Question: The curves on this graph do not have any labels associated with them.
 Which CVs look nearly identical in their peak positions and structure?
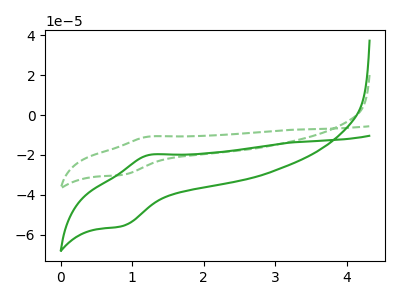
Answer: <think>The green curve "green" has an anodic peak at (1.25V, -19.95uA) and a cathodic peak at (0.85V, -55.70uA). The green dashed curve "green dashed" has an anodic peak at (1.25V, -10.75uA) and a cathodic peak at (0.85V, -30.00uA).
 All the peaks in "green" have a peak in "green dashed" at the same potential.</think>
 <answer>"green" and "green dashed" have the same shape and are likely CV's of the same chemical.</answer>
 <eval>"green" "green dashed"</eval>